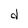
Character: d